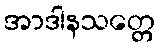
အာဒါနသတ္တေ